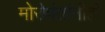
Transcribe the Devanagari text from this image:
मोरोपंतांनीही